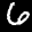
Label: 6